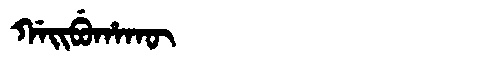
Manchu: ᡤᠠᡳᠪᡠᡥᠠᡴᡡ
Romanization: GAIBUHAKŪ